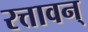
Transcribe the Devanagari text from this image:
रत्तावन्